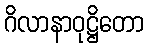
ဂိလာနာဝုဋ္ဌိတော